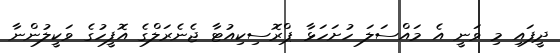
ދީފައި މި ވަނީ އެ މައްސަލަ ހުށަހަޅާ ޕްރޮސިކިއުޓާ ޖެނެރަލްގެ އޮފީހުގެ ވަކީލުންނާ